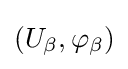
(U_{\beta },\varphi _{\beta })